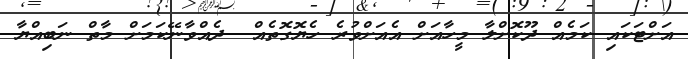
އަށްޓަކައި ކަމެއް ދޫކޮށްލާ މީހާއަށް އެއަށްވުރެ ހެޔޮގޮތެއް  ދެއްވާނޭކަމަށް މާތް ނަބިއްޔާ